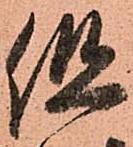
但